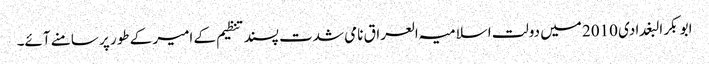
ابو بکر البغدادی 2010 میں دولت اسلامیہ العراق نامی شدت پسند تنظیم کے امیر کے طور پر سامنے آئے۔